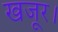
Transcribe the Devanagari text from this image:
खजूर।